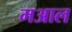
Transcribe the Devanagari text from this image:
मआल